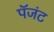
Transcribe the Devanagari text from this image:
पॅजंट